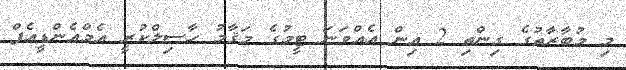
މި މުބާރާތުގެ ގިންތި 2 އިން އެއްވަނަ ޓީމުގެ މަޤާމު ހާސިލްކުރީ އެމްއެންޑީއެފް